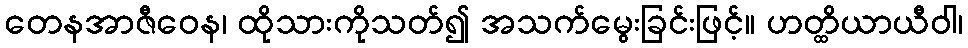
တေနအာဇီဝေန၊ ထိုသားကိုသတ်၍ အသက်မွေးခြင်းဖြင့်။ ဟတ္ထိယာယီဝါ၊